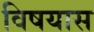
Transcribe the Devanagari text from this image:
विषयास